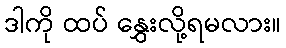
ဒါကို ထပ် နွှေးလို့ရမလား။